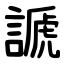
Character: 謕